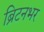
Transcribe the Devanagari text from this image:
ब्रिटनभर